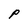
Character: P